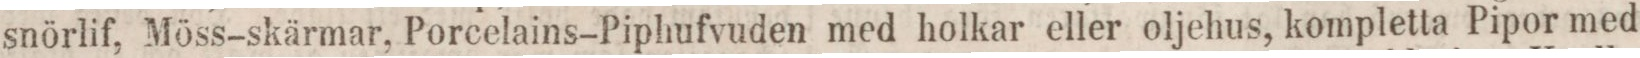
snörlif, Möss-skärmar, Porcelains-Piphufvuden med holkar eller oljehus, kompletta Pipor med